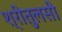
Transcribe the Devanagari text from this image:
श्रीतुलसी